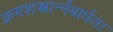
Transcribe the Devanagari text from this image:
क्रमशस्त्रार्न्नबार्धत।